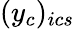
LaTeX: (y_{c})_{ics}